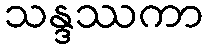
သန္ဒဿကာ